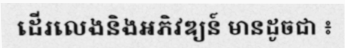
ដើរលេងនិងអភិវឌ្យន៍ មានដូចជា ៖